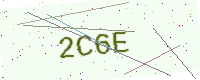
Text: 2C6E